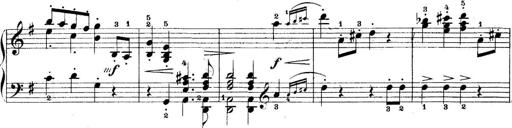
Title: 5 Sonatinas
Composer: Theodor Kirchner